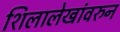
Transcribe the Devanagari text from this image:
शिलालेखांवरुन